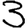
Digit: 3